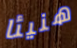
هنيئا